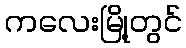
ကလေးမြို့တွင်